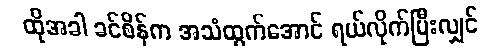
ထိုအခါ ခင်စိန်က အသံထွက်အောင် ရယ်လိုက်ပြီးလျှင်